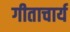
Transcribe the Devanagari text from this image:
गीताचार्य